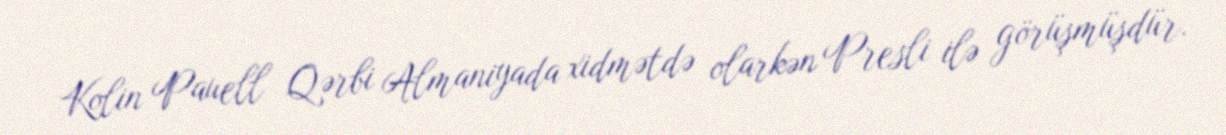
Kolin Pauell Qərbi Almaniyada xidmətdə olarkən Presli ilə görüşmüşdür.